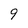
Character: 9